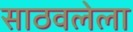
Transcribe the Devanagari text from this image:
साठवलेला